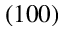
( 1 0 0 )